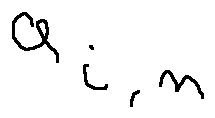
a _ { i , n }